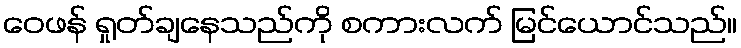
ဝေဖန် ရှုတ်ချနေသည်ကို စကားလက် မြင်ယောင်သည်။